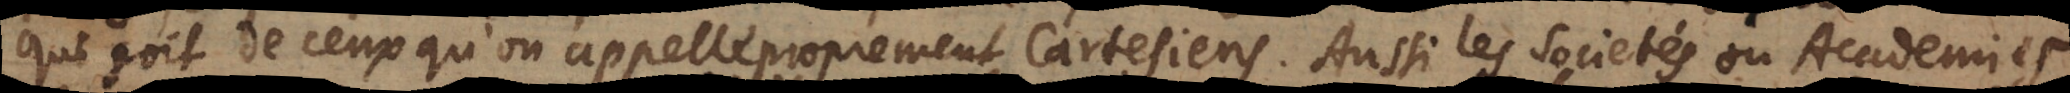
qui soit de ceux qu’on appelle proprement Cartesiens. Aussi les Societés ou Academies